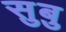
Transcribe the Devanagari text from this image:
सुबु